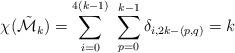
LaTeX: \begin{align*}\chi(\tilde{\cal M}_{k})=\sum_{i=0}^{4(k-1)} \ \sum_{p=0}^{k-1} \delta_{i,2k-(p,q)} = k \end{align*}